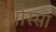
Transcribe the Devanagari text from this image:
ओस्सा